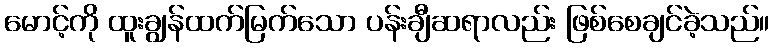
မောင့်ကို ထူးချွန်ထက်မြက်သော ပန်းချီဆရာလည်း ဖြစ်စေချင်ခဲ့သည်။